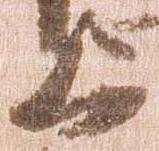
上